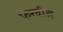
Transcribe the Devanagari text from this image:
फरवीज